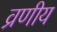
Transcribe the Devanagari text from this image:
व्रणीय